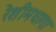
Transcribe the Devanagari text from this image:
रेशीमधागा